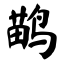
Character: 鹋